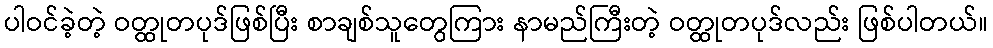
ပါဝင်ခဲ့တဲ့ ဝတ္ထုတပုဒ်ဖြစ်ပြီး စာချစ်သူတွေကြား နာမည်ကြီးတဲ့ ဝတ္ထုတပုဒ်လည်း ဖြစ်ပါတယ်။